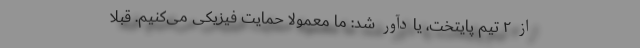
از ۲ تیم پایتخت، یادآور شد: ما معمولا حمایت فیزیکی می‌کنیم. قبلا